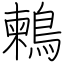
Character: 鶫